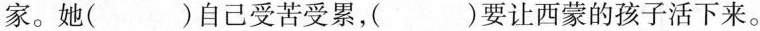
家。她( )自己受苦受累，( )要让西蒙的孩子活下来。